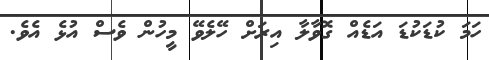
ހަމަ ކުޑަކުޑަ އަޑެއް ގޮވާލާ އިރަށް ހޭލެވޭ މީހުން ވެސް އުޅެ އެވެ.